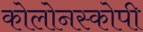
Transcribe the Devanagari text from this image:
कोलोनस्कोपी